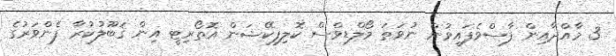
3 މާއްދާއިން ފާސްވެފައިވުން ނުވަތަ މޯލްޑިވްސް ކޮލިފިކޭޝަން އޮތޯރިޓީ އިން ޤަބޫލުކުރާ ފެންވަރުގެ